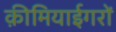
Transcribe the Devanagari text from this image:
क़ीमियाईगरों